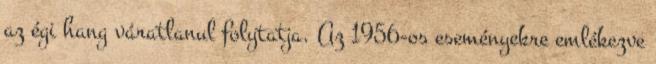
az égi hang váratlanul folytatja. Az 1956-os eseményekre emlékezve